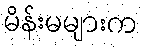
မိန်းမများက